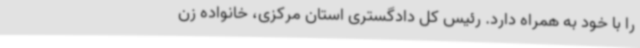
را با خود به همراه دارد. رئیس کل دادگستری استان مرکزی، خانواده زن